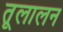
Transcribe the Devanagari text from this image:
तूलालन